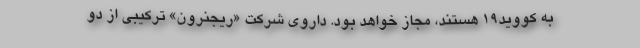
به کووید۱۹ هستند، مجاز خواهد بود. داروی شرکت «ریجنرون» ترکیبی از دو